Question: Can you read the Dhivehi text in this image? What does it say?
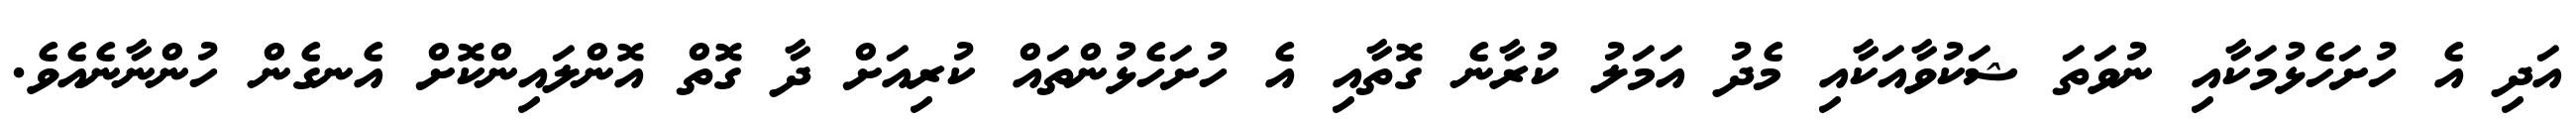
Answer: އަދި އެ ހުށަހެޅުމަކާއި ނުވަތަ ޝަކުވާއަކާއި މެދު އަމަލު ކުރާނެ ގޮތާއި އެ ހުށަހެޅުންތައް ކުރިއަށް ދާ ގޮތް އޮންލައިންކޮށް އެނގެން ހުންނާނެއެވެ.